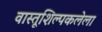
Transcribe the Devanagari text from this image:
वास्तूशिल्पकलेला